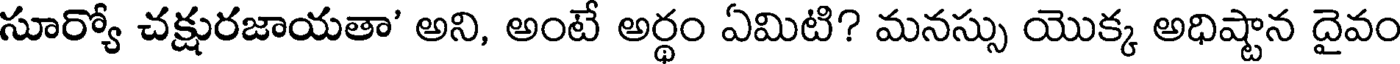
సూర్యో చక్షురజాయతా' అని, అంటే అర్థం ఏమిటి? మనస్సు యొక్క అధిష్టాన దైవం